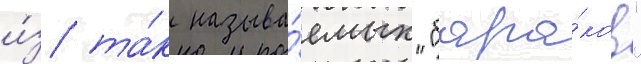
и́з та́к называ́емых "бара́ков"